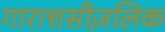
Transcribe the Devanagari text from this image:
गाराशसीज़लिक